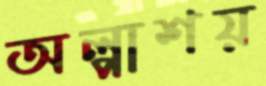
অল্পাশয়